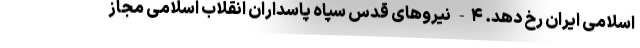
اسلامی ایران رخ دهد. ۴- نیروهای قدس سپاه پاسداران انقلاب اسلامی مجاز